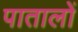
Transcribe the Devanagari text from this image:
पातालों